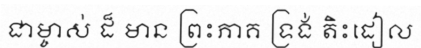
ជាម្ចាស់ ដ៏ មាន ព្រះភាគ ទ្រង់ តិះដៀល